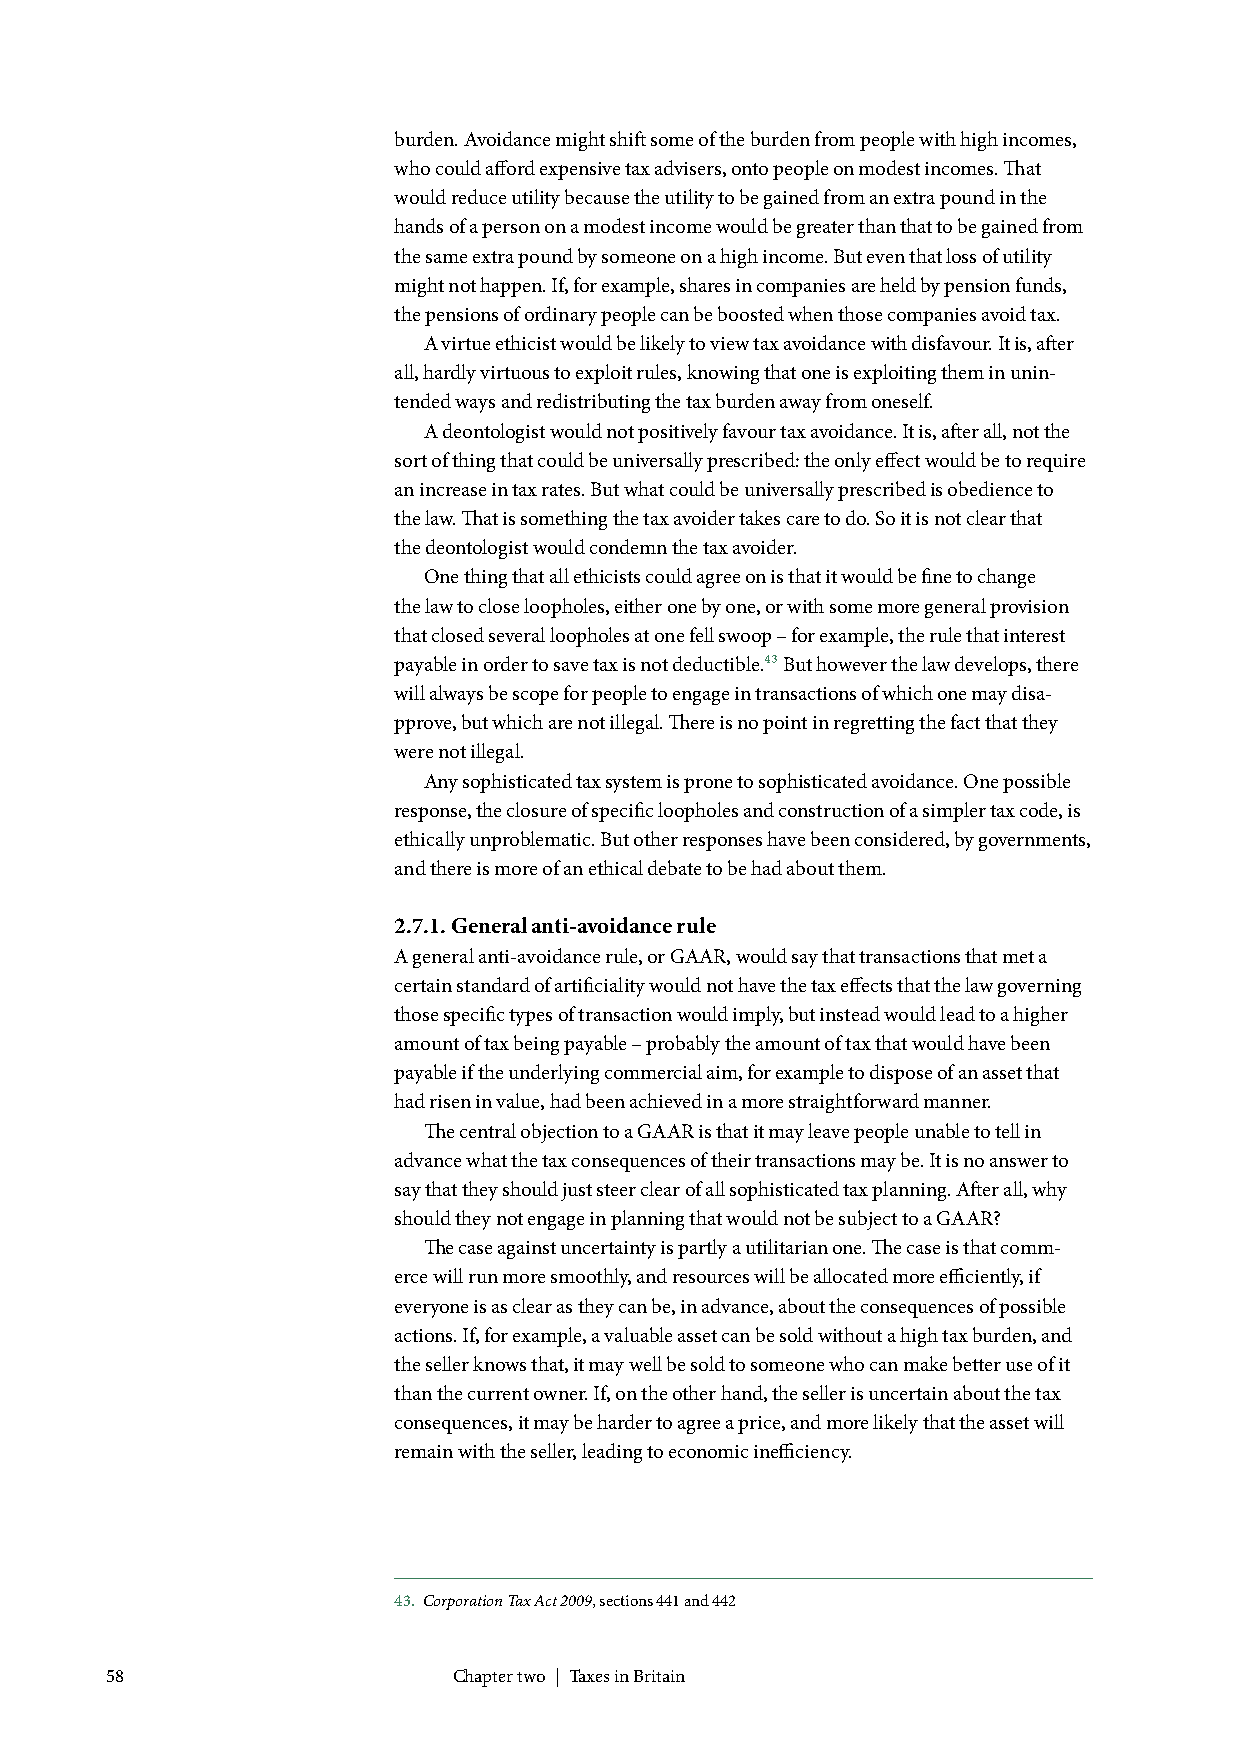
burden. Avoidance might shift some of the burden from people with high incomes,
 who could afford expensive tax advisers, onto people on modest incomes. That
 would reduce utility because the utility to be gained from an extra pound in the
 hands of a person on a modest income would be greater than that to be gained from
 the same extra pound by someone on a high income. But even that loss of utility
 might not happen. If, for example, shares in companies are held by pension funds,
 the pensions of ordinary people can be boosted when those companies avoid tax.
 A virtue ethicist would be likely to view tax avoidance with disfavour. It is, after
 all, hardly virtuous to exploit rules, knowing that one is exploiting them in unin-
 tended ways and redistributing the tax burden away from oneself.
 A deontologist would not positively favour tax avoidance. It is, after all, not the
 sort of thing that could be universally prescribed: the only effect would be to require
 an increase in tax rates. But what could be universally prescribed is obedience to
 the law. That is something the tax avoider takes care to do. So it is not clear that
 the deontologist would condemn the tax avoider.
 One thing that all ethicists could agree on is that it would be fine to change
 the law to close loopholes, either one by one, or with some more general provision
 that closed several loopholes at one fell swoop – for example, the rule that interest
 payable in order to save tax is not deductible.43 But however the law develops, there
 will always be scope for people to engage in transactions of which one may disa-
 pprove, but which are not illegal. There is no point in regretting the fact that they
 were not illegal.
 Any sophisticated tax system is prone to sophisticated avoidance. One possible
 response, the closure of specific loopholes and construction of a simpler tax code, is
 ethically unproblematic. But other responses have been considered, by governments,
 and there is more of an ethical debate to be had about them.
 2.7.1. General anti-avoidance rule
 A general anti-avoidance rule, or GAAR, would say that transactions that met a
 certain standard of artificiality would not have the tax effects that the law governing
 those specific types of transaction would imply, but instead would lead to a higher
 amount of tax being payable – probably the amount of tax that would have been
 payable if the underlying commercial aim, for example to dispose of an asset that
 had risen in value, had been achieved in a more straightforward manner.
 The central objection to a GAAR is that it may leave people unable to tell in
 advance what the tax consequences of their transactions may be. It is no answer to
 say that they should just steer clear of all sophisticated tax planning. After all, why
 should they not engage in planning that would not be subject to a GAAR?
 The case against uncertainty is partly a utilitarian one. The case is that comm-
 erce will run more smoothly, and resources will be allocated more efficiently, if
 everyone is as clear as they can be, in advance, about the consequences of possible
 actions. If, for example, a valuable asset can be sold without a high tax burden, and
 the seller knows that, it may well be sold to someone who can make better use of it
 than the current owner. If, on the other hand, the seller is uncertain about the tax
 consequences, it may be harder to agree a price, and more likely that the asset will
 remain with the seller, leading to economic inefficiency.
 43. Corporation Tax Act 2009, sections 441 and 442
 58                     Chapter two | Taxes in Britain